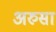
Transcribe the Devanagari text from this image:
अरुसा